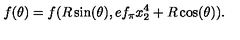
f ( \theta ) = f ( R \sin ( \theta ) , e f _ { \pi } x _ { 2 } ^ { 4 } + R \cos ( \theta ) ) .